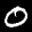
Digit: 0